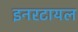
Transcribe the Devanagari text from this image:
इनरटायल